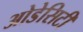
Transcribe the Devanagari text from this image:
ओडेसिटी